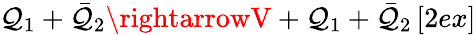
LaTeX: \mathcal{Q}_{1}+\bar{{\mathcal{Q}}}_{2}\rightarrowV+\mathcal{Q}_{1}+\bar{{\mathcal{Q}}}_{2}\, [2ex]